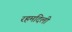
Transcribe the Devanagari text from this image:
रहमदिली